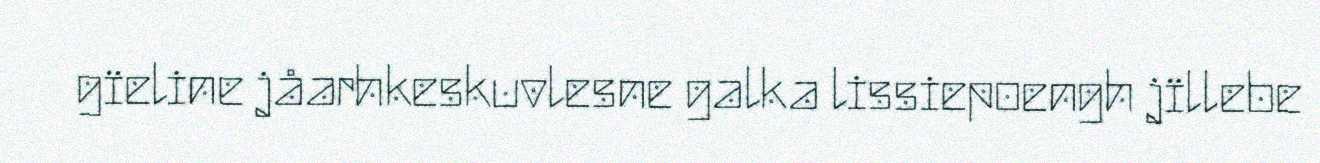
gïeline jåarhkeskuvlesne galka lissiepoengh jïllebe